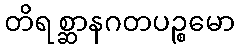
တိရစ္ဆာနဂတပဉ္စမော